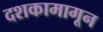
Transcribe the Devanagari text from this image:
दशकामागून